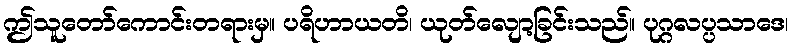
ဤသူတော်ကောင်းတရားမှ။ ပရိဟာယတိ၊ ယုတ်လျော့ခြင်းသည်။ ပုဂ္ဂလပ္ပသာဒေ၊